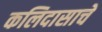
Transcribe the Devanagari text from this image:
कलिदासाचे